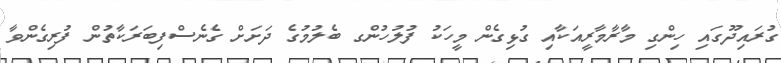
ގުރައިދޫގައި ހިންގި މާރާމާރީއަކާއި ގުޅިގެން މީހަކު ފުލުހުންގ ބެލުމުގެ ދަށަށް ގެނެސްފިބަރަކާތުން ފުރިގެންވާ